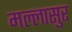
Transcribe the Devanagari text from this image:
मल्लासुर